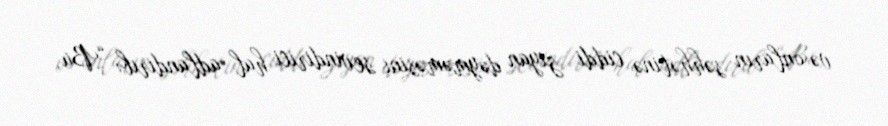
və onların səhhətinə ciddi ziyan dəyməməsini sevindirici hal adlandırıb: “Bu,